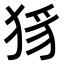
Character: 𤞝